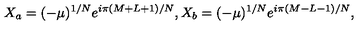
X _ { a } = ( - \mu ) ^ { 1 / N } e ^ { i \pi ( M + L + 1 ) / N } , X _ { b } = ( - \mu ) ^ { 1 / N } e ^ { i \pi ( M - L - 1 ) / N } ,